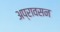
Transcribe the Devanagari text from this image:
अप्रावसन